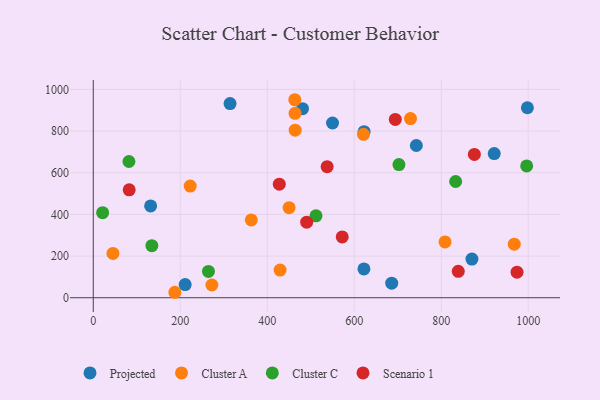
{"axis": {"x": "Price", "y": "Demand"}, "legend": ["Cluster A", "Cluster C", "Projected", "Scenario 1"], "data": [{"x": "921.9", "y": 691.9, "type": "Projected"}, {"x": "998.1", "y": 912.0, "type": "Projected"}, {"x": "742.8", "y": 730.7, "type": "Projected"}, {"x": "211.3", "y": 63.4, "type": "Projected"}, {"x": "686.2", "y": 70.1, "type": "Projected"}, {"x": "550.1", "y": 838.7, "type": "Projected"}, {"x": "314.5", "y": 931.9, "type": "Projected"}, {"x": "622.3", "y": 138.3, "type": "Projected"}, {"x": "131.9", "y": 440.8, "type": "Projected"}, {"x": "870.6", "y": 185.7, "type": "Projected"}, {"x": "622.7", "y": 797.0, "type": "Projected"}, {"x": "481.1", "y": 907.6, "type": "Projected"}, {"x": "363.3", "y": 373.4, "type": "Cluster A"}, {"x": "45.2", "y": 212.8, "type": "Cluster A"}, {"x": "450.2", "y": 432.3, "type": "Cluster A"}, {"x": "729.4", "y": 860.2, "type": "Cluster A"}, {"x": "272.7", "y": 61.1, "type": "Cluster A"}, {"x": "621.3", "y": 784.5, "type": "Cluster A"}, {"x": "463.3", "y": 950.5, "type": "Cluster A"}, {"x": "464.2", "y": 804.3, "type": "Cluster A"}, {"x": "429.5", "y": 133.0, "type": "Cluster A"}, {"x": "967.9", "y": 257.3, "type": "Cluster A"}, {"x": "222.8", "y": 535.9, "type": "Cluster A"}, {"x": "187.6", "y": 26.2, "type": "Cluster A"}, {"x": "463.9", "y": 885.3, "type": "Cluster A"}, {"x": "808.8", "y": 267.7, "type": "Cluster A"}, {"x": "264.8", "y": 126.3, "type": "Cluster C"}, {"x": "833.2", "y": 558.0, "type": "Cluster C"}, {"x": "134.7", "y": 250.1, "type": "Cluster C"}, {"x": "702.8", "y": 639.0, "type": "Cluster C"}, {"x": "996.5", "y": 632.6, "type": "Cluster C"}, {"x": "82.0", "y": 653.9, "type": "Cluster C"}, {"x": "21.5", "y": 408.2, "type": "Cluster C"}, {"x": "512.1", "y": 393.3, "type": "Cluster C"}, {"x": "537.7", "y": 629.1, "type": "Scenario 1"}, {"x": "974.3", "y": 122.6, "type": "Scenario 1"}, {"x": "427.7", "y": 545.3, "type": "Scenario 1"}, {"x": "572.4", "y": 292.1, "type": "Scenario 1"}, {"x": "876.2", "y": 687.8, "type": "Scenario 1"}, {"x": "490.7", "y": 362.8, "type": "Scenario 1"}, {"x": "694.4", "y": 855.7, "type": "Scenario 1"}, {"x": "839.2", "y": 126.8, "type": "Scenario 1"}, {"x": "82.6", "y": 518.0, "type": "Scenario 1"}]}